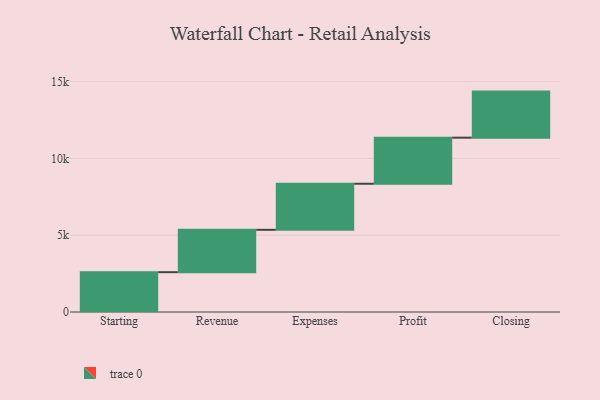
{"axis": {"x": "Step", "y": "Value"}, "legend": [""], "data": [{"x": "Starting", "y": 2593.0, "type": ""}, {"x": "Revenue", "y": 2758.0, "type": ""}, {"x": "Expenses", "y": 3000, "type": ""}, {"x": "Profit", "y": 3000, "type": ""}, {"x": "Closing", "y": 3000, "type": ""}]}